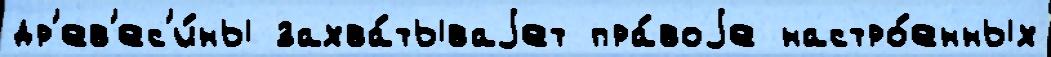
др'ев'ес'и́ны захва́тываjет пра́воjе настро́енных